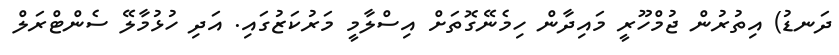
ދަނޑު) އިތުރުން ޖުމްހޫރީ މައިދާން ހިމެނޭގޮތަށް އިސްލާމީ މަރުކަޒުގައި. އަދި ހުޅުމާލޭ ސެންޓްރަލް